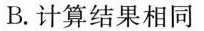
B.计算结果相同